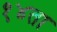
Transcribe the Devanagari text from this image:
१४ता